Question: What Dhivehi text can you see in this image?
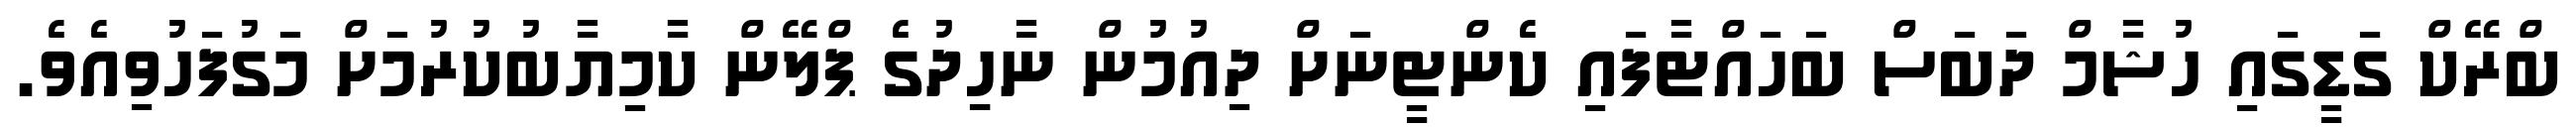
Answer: ބްރޭކް ގަޑީގައި ހުޝާމް ދަބަސް ބަހައްޓާފައި ކެންޓީނަށް ދިއުމުން ނާހިިދުގެ ޕްލޭން ކާމިޔާބުކުރުމަށް މަގުފަހުވިއެވެ.